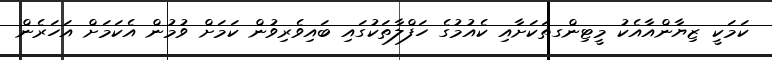
ކަމަކީ ޒިޔާންއާއެކު މީޓިންގތަކަށާއި ކެއުމުގެ ހަފްލާތަކުގައި ބައިވެރިވުން ކަމަށް ވުމުން އެކަމަށް އަހަރެން